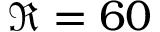
\Re = 6 0